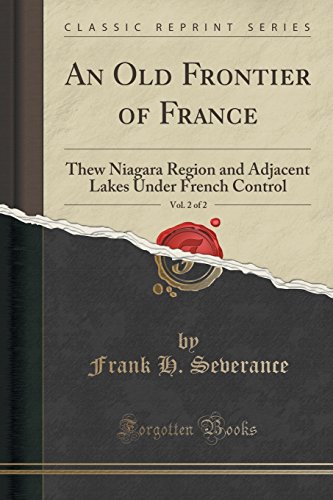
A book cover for An Old Frontier of France, Vol. 2 of 2: Thew Niagara Region and Adjacent Lakes Under French Control (Classic Reprint); Frank H. Severance; History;